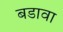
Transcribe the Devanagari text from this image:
बडावा